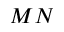
M N